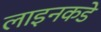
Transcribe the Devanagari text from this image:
लाइनकडे